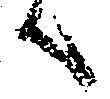
候